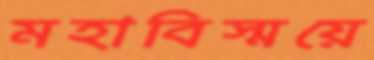
মহাবিস্ময়ে